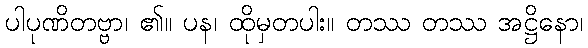
ပါပုဏိတဗ္ဗာ၊ ၏။ ပန၊ ထိုမှတပါး။ တဿ တဿ အဋ္ဌိနော၊